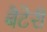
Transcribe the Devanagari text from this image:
बैटेरी